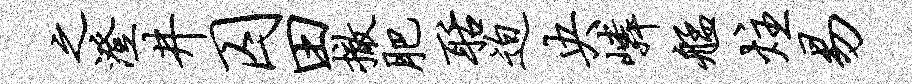
之澄井囚田撤肥聒迫央嶙艋炷易